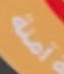
آمنة